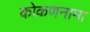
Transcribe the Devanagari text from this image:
कोकणनामा